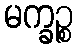
မက္ခဉ္စ